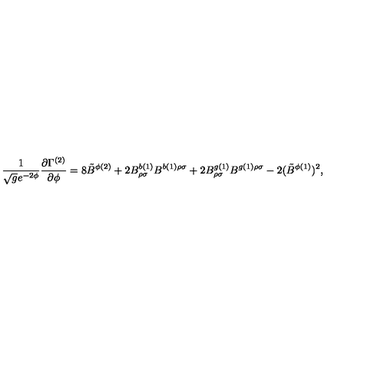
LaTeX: \frac { 1 } { \sqrt { g } e ^ { - 2 \phi } } \frac { \partial \Gamma ^ { ( 2 ) } } { \partial \phi } = 8 { \tilde { B } } ^ { \phi ( 2 ) } + 2 B _ { \rho \sigma } ^ { b ( 1 ) } B ^ { b ( 1 ) \rho \sigma } + 2 B _ { \rho \sigma } ^ { g ( 1 ) } B ^ { g ( 1 ) \rho \sigma } - 2 ( { \tilde { B } } ^ { \phi ( 1 ) } ) ^ { 2 } ,